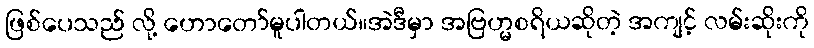
ဖြစ်ပေသည် လို့ ဟောတော်မူပါတယ်။အဲဒီမှာ အဗြဟ္မစရိယဆိုတဲ့ အကျင့် လမ်းဆိုးကို